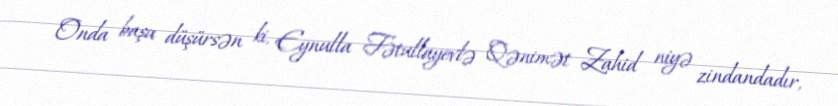
Onda başa düşürsən ki, Eynulla Fətullayevlə Qənimət Zahid niyə zindandadır,